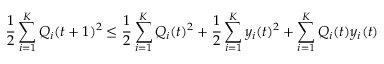
{ \frac { 1 } { 2 } } \sum _ { i = 1 } ^ { K } Q _ { i } ( t + 1 ) ^ { 2 } \leq { \frac { 1 } { 2 } } \sum _ { i = 1 } ^ { K } Q _ { i } ( t ) ^ { 2 } + { \frac { 1 } { 2 } } \sum _ { i = 1 } ^ { K } y _ { i } ( t ) ^ { 2 } + \sum _ { i = 1 } ^ { K } Q _ { i } ( t ) y _ { i } ( t )